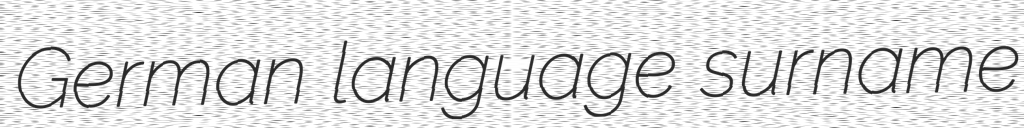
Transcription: German language surname